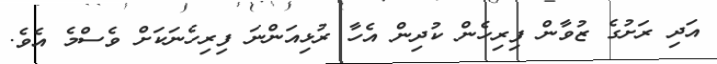
އަދި ރަށުގެ ޒުވާން ފިރިހެން ކުދިން އެހާ ރުޅިއަންނަ ފިރިހެނަކަށް ވެސްމެ އެވެ.